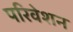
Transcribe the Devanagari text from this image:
परिवेशन